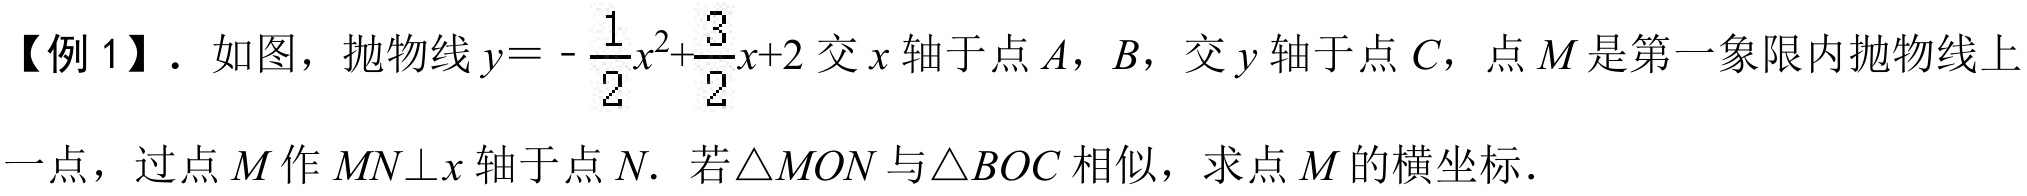
【例 1】. 如图，抛物线\(y = -\frac{1}{2}x^{2}+\frac{3}{2}x + 2\)交\(x\)轴于点\(A\)，\(B\)，交\(y\)轴于点\(C\)，点\(M\)是第一象限内抛物线上
一点，过点\(M\)作\(MN\bot x\)轴于点\(N\). 若\(\triangle MON\)与\(\triangle BOC\)相似，求点\(M\)的横坐标.